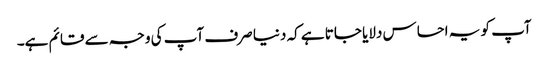
آپ کو یہ احساس دلایا جاتا ہے کہ دنیا صرف آپ کی وجہ سے قائم ہے۔